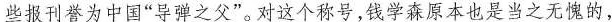
些报刊誉为中国”导弹之父”。对这个称号，钱学森原本也是当之无愧的，